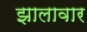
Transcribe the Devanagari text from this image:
झालावार